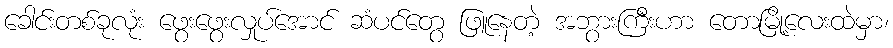
ခေါင်းတစ်ခုလုံး ဖွေးဖွေးလှုပ်အောင် ဆံပင်တွေ ဖြူနေတဲ့ အဘွားကြီးဟာ တောမြို့လေးထဲမှာ၊